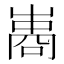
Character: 𠻭